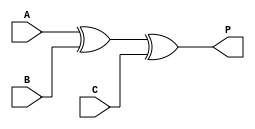
`timescale 1ns / 1ps

module Even_Parity_Generator(A,B,C,P);
input A,B,C;
output P;


//3-bit even parity generator 
assign P=A^B^C; //obtain logical expression from the truth table
endmodule